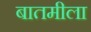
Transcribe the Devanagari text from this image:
बातमीला